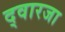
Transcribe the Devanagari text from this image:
द्वारजा